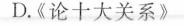
D.《论十大关系》